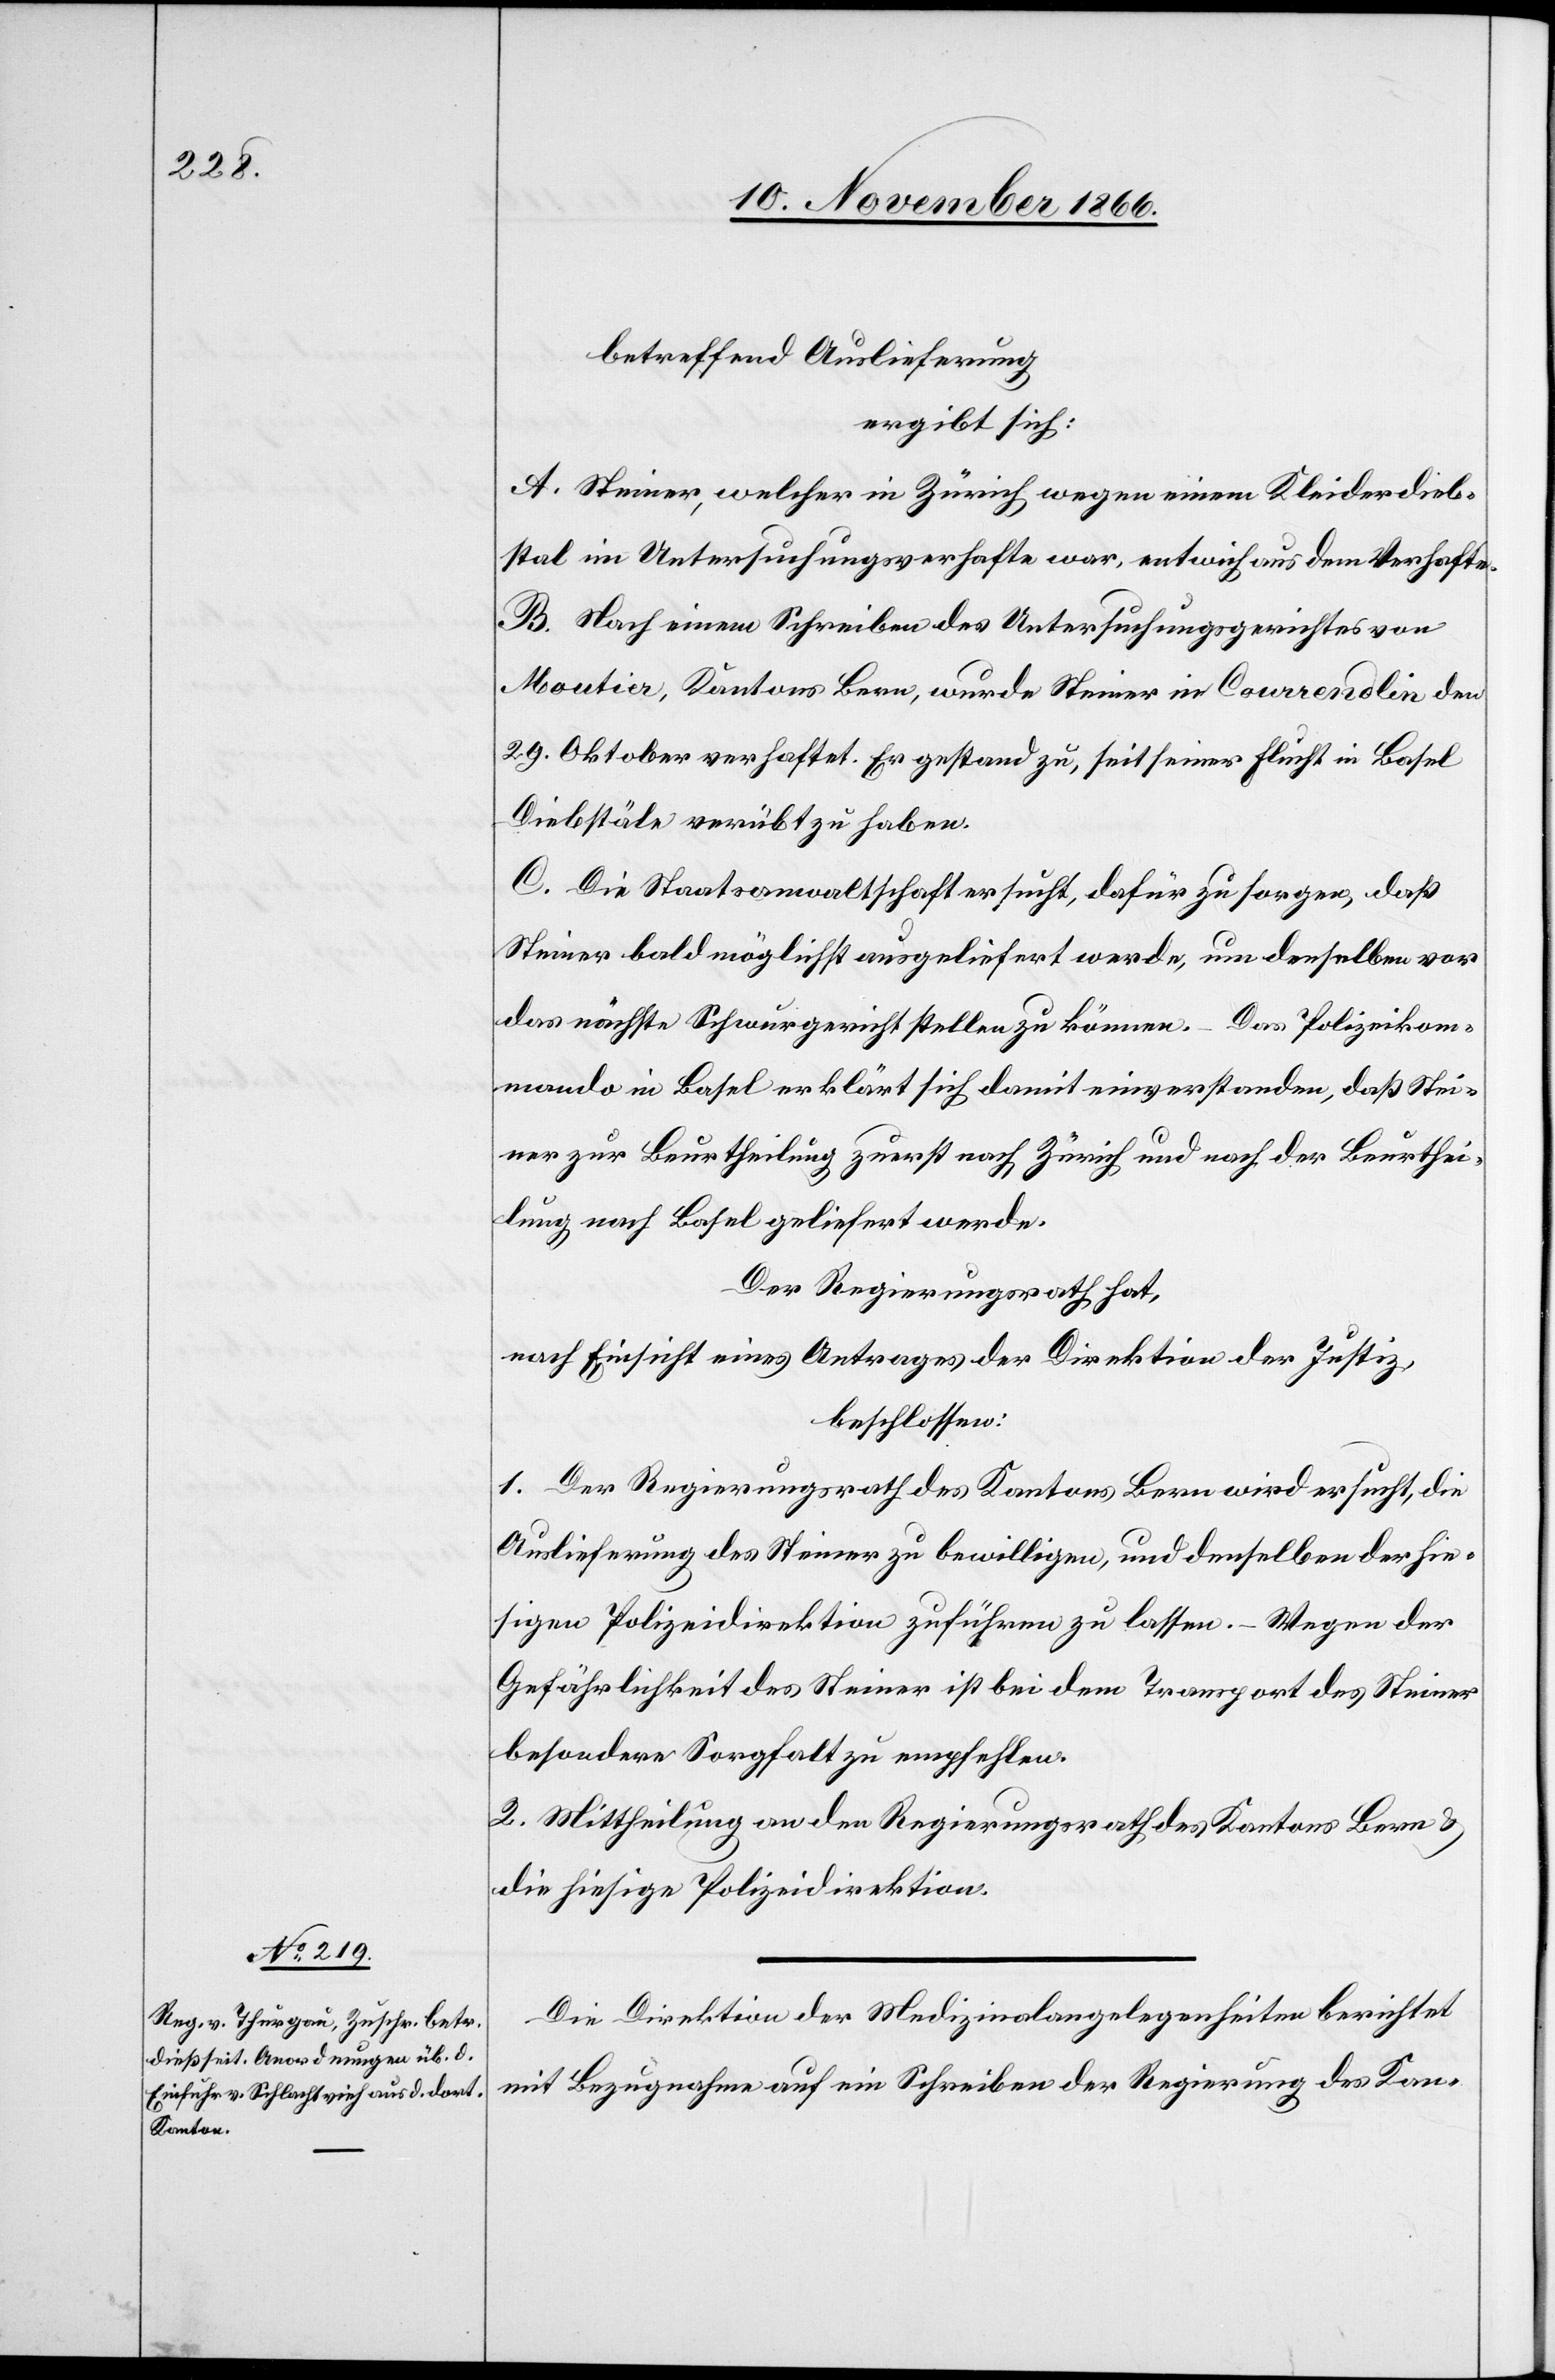
betreffend Auslieferung
ergibt sich:
A. Steiner, welcher in Zürich wegen einem Kleiderdieb¬
stal im Untersuchungsverhafte war, entwich aus dem Verhafte.
B. Nach einem Schreiben des Untersuchungsgerichtes von
Moutier, Kantons Bern, wurde Steiner in Courrendlin den
29. Oktober verhaftet. Er gestand zu, seit seiner Flucht in Basel
Diebstäle verübt zu haben.
C. Die Staatsanwaltschaft ersucht, dafür zu sorgen, daß
Steiner bald möglichst ausgeliefert werde, um denselben vor
das nächste Schwurgericht stellen zu können. – Das Polizeikom¬
mando in Basel erklärt sich damit einverstanden, daß Stei¬
ner zur Beurtheilung zuerst nach Zürich und nach der Beurthei¬
lung nach Basel geliefert werde.
Der Regierungsrath hat,
nach Einsicht eines Antrages der Direktion der Justiz,
beschlossen:
1. Der Regierungsrath des Kantons Bern wird ersucht, die
Auslieferung des Steiner zu bewilligen, und denselben der hie¬
sigen Polizeidirektion zuführen zu lassen. – Wegen der
Gefährlichkeit des Steiner ist bei dem Transport des Steiner
besondere Sorgfalt zu empfehlen.
2. Mittheilung an den Regierungsrath des Kantons Bern &
die hiesige Polizeidirektion.
Die Direktion der Medizinalangelegenheiten berichtet
mit Bezugnahme auf ein Schreiben der Regierung des Kan-